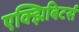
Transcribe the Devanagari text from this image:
एक्झिबिटर्स